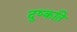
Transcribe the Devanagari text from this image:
दुष्‍कति